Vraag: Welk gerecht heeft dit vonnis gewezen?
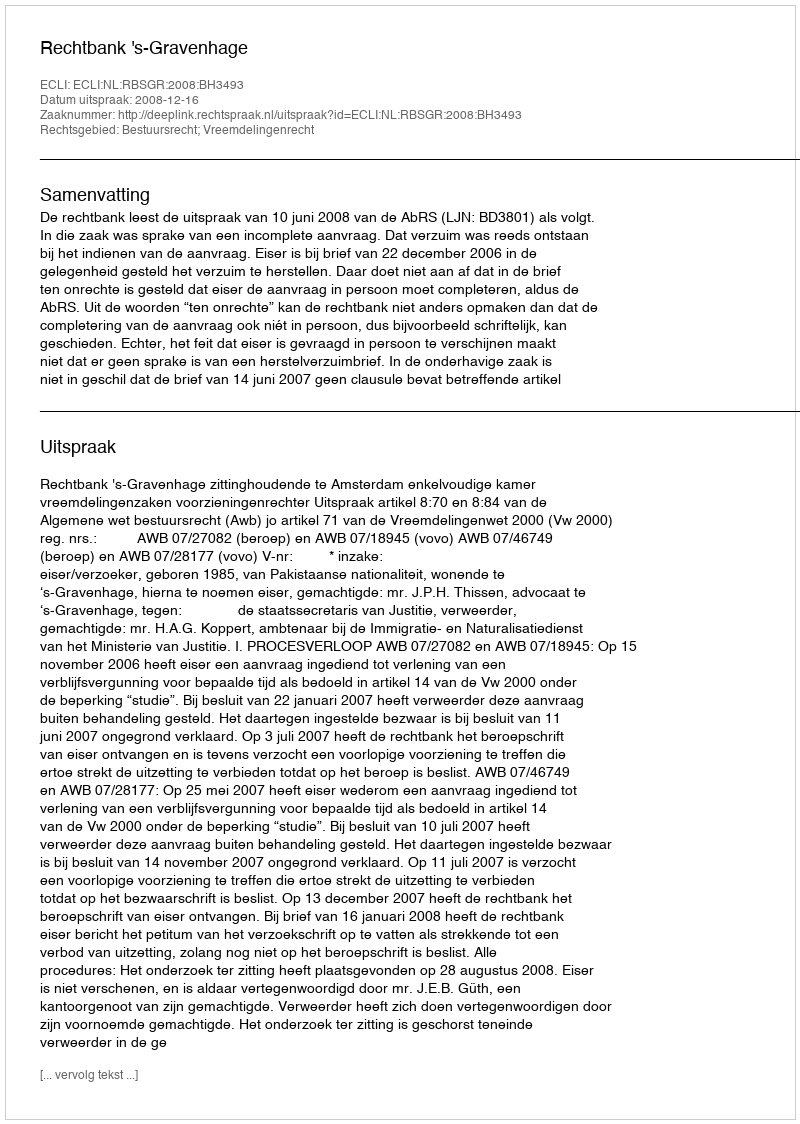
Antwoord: Rechtbank 's-Gravenhage